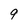
Character: 9